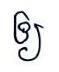
ឲ្យ